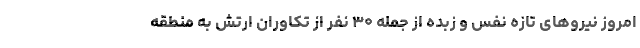
امروز نیروهای تازه نفس و زبده از جمله ۳۰ نفر از تکاوران ارتش به منطقه